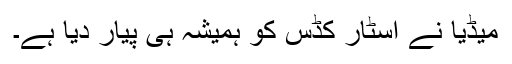
میڈیا نے اسٹار کڈس کو ہمیشہ ہی پیار دیا ہے۔